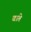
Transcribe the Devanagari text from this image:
बांते